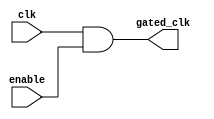
module conditional_clock_gating (
    input wire clk,           // Primary clock signal
    input wire enable,        // Enable signal for clock gating
    output wire gated_clk     // Gated clock output
);

    // Gating Logic: Use an AND gate to generate the gated clock
    assign gated_clk = clk & enable;

endmodule